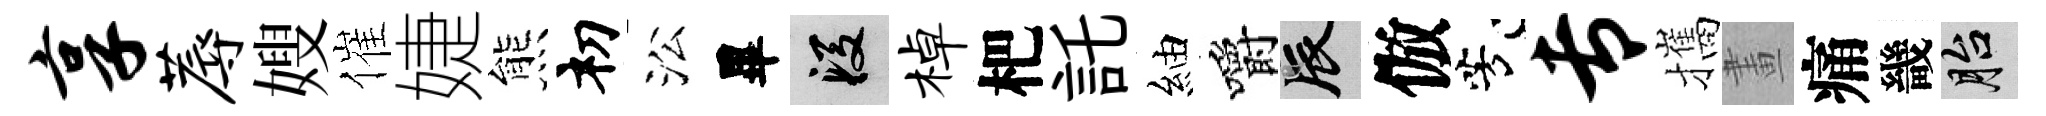
享蓐嫂催婕熊𥘉㳂畢段棹杷託紬嚼辰倣芳专攜畫痛畿胎